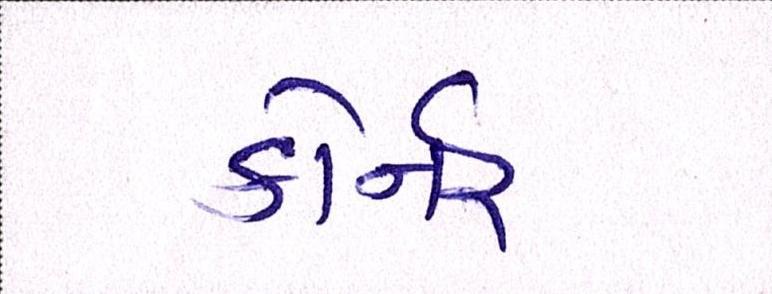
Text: કોર્નર